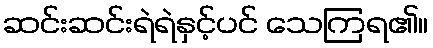
ဆင်းဆင်းရဲရဲနှင့်ပင် သေကြရ၏။